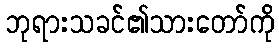
ဘုရားသခင်၏သားတော်ကို